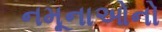
નમૂનાઓનો